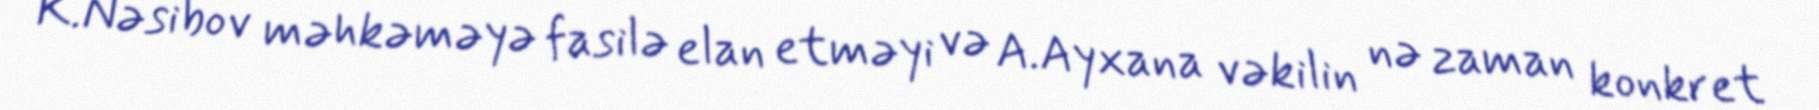
K.Nəsibov məhkəməyə fasilə elan etməyi və A.Ayxana vəkilin nə zaman konkret